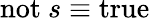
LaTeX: \mathrm{not}~s\equiv\mathrm{true}